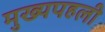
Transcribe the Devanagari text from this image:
मुख्यपहली